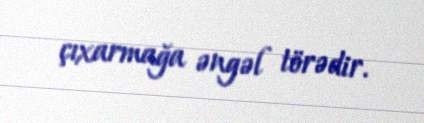
çıxarmağa əngəl törədir.